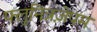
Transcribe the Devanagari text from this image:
फ्लुनित्रज़ेपम